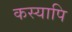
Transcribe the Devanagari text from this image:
कस्यापि